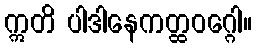
ဣတိ ပါဒါနေကတ္ထဝဂ္ဂေါ။